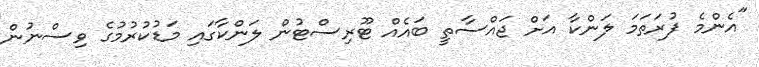
"އެންމެ ފުރަތަމަ ލަންކާ އަށް ޖައްސާތީ ބައެއް ޓޫރިސްޓުން ލަންކާގައި މަޑުކުރުމުގެ ވިސްނުން